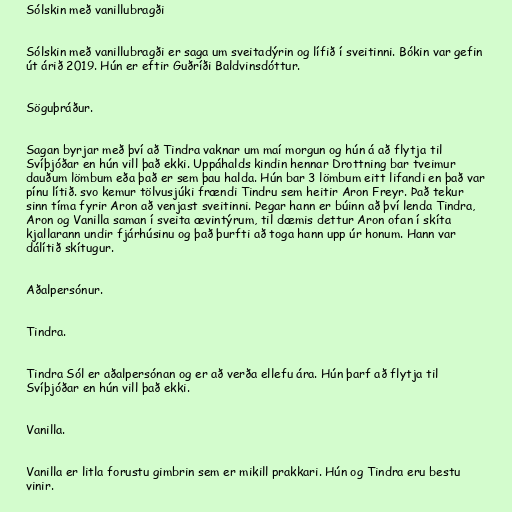
Sólskin með vanillubragði

Sólskin með vanillubragði er saga um sveitadýrin og lífið í sveitinni. Bókin var gefin
út árið 2019. Hún er eftir Guðríði Baldvinsdóttur.

Söguþráður.

Sagan byrjar með því að Tindra vaknar um maí morgun og hún á að flytja til
Svíþjóðar en hún vill það ekki. Uppáhalds kindin hennar Drottning bar tveimur
dauðum lömbum eða það er sem þau halda. Hún bar 3 lömbum eitt lifandi en það var
pínu lítið. svo kemur tölvusjúki frændi Tindru sem heitir Aron Freyr. Það tekur
sinn tíma fyrir Aron að venjast sveitinni. Þegar hann er búinn að því lenda Tindra,
Aron og Vanilla saman í sveita ævintýrum, til dæmis dettur Aron ofan í skíta
kjallarann undir fjárhúsinu og það þurfti að toga hann upp úr honum. Hann var
dálítið skítugur.

Aðalpersónur.

Tindra.

Tindra Sól er aðalpersónan og er að verða ellefu ára. Hún þarf að flytja til
Svíþjóðar en hún vill það ekki.

Vanilla.

Vanilla er litla forustu gimbrin sem er mikill prakkari. Hún og Tindra eru bestu
vinir.